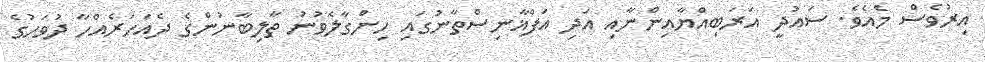
އިރުވެސް މެއެވެ. ސައުދީ އަރަބިއްޔާއިންނާއި އަދި އަފްޣާނިސްތާނުގައި ހިންގާލެވުނު ތާލިބާނުންގެ ދެއަހަރެއްހާ ދުވަހުގެ